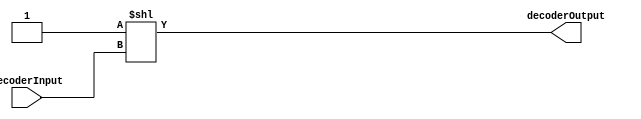
module encoder_2_to_4(
    input [1:0] decoderInput,
    output reg [3:0] decoderOutput
);

always @(*) begin
    decoderOutput = 4'b0001 << decoderInput;
end
    
endmodule